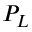
P _ { L }